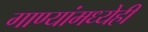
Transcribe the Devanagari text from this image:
गाण्यांमध्येही